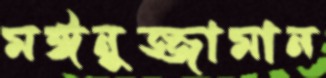
মঈনুজ্জামান